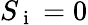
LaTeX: S_{\mathrm{~i~}}=0